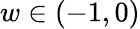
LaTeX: w\in(-1,0)